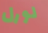
لورل